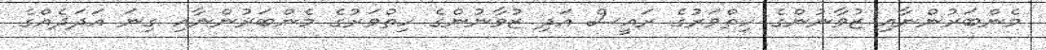
މެންބަރުންނާއި ޒުވާނުންގެ ހިތްވަރުގެ ރައީސް އަދި ޒުވާނުންގެ ހިތްވަރުގެ މެންބަރުންނާއި ގިނަ އަދަދެއްގެ